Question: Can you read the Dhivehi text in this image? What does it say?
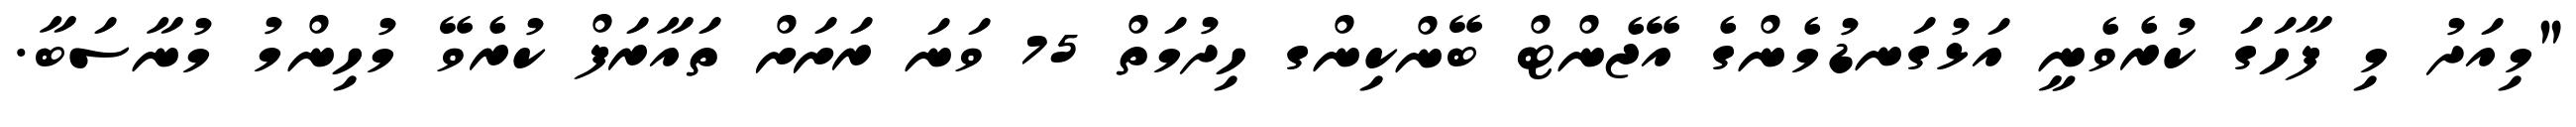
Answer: "މިއަދު މި ފާހަގަ ކުރެވެނީ އަޅުގަނޑުމެންގެ އޭޖެންޓް ބޭންކިންގ ހިދުމަތް 75 ވަނަ ރަށަށް ތައާރަފް ކުރެވޭ މުހިންމު މުނާސަބާ.